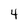
Character: 4